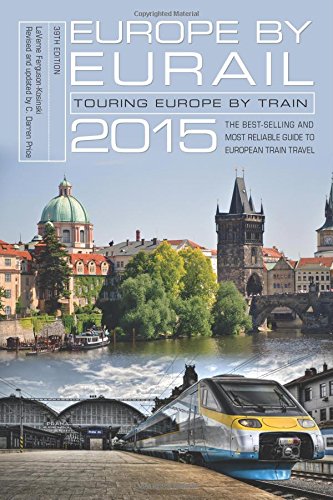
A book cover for Europe by Eurail 2015: Touring Europe by Train; LaVerne Ferguson-Kosinski; Travel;